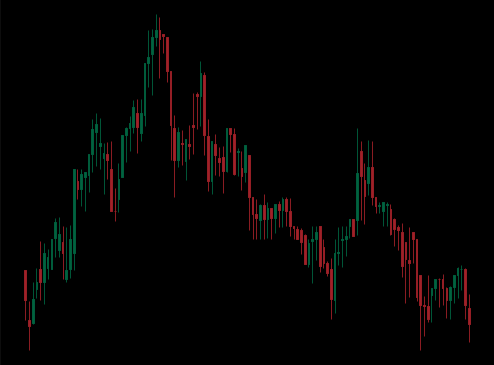
Pattern: unclassified